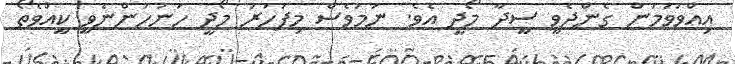
އިއްވަވަމުން ގެންދެވީ ސީދާ މޯދީ އެވެ. ނަމަވެސް މިފަހަރު މޯދީ ހަނުހުންނެވީ ކީއްވެތޯ